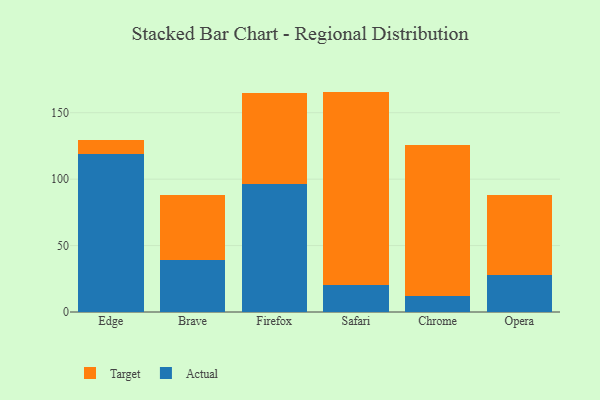
{"axis": {"x": "Browser", "y": "Inventory Turnover"}, "legend": ["Actual", "Target"], "data": [{"x": "Edge", "y": 118.6, "type": "Actual"}, {"x": "Edge", "y": 11.2, "type": "Target"}, {"x": "Brave", "y": 39.4, "type": "Actual"}, {"x": "Brave", "y": 48.7, "type": "Target"}, {"x": "Firefox", "y": 96.1, "type": "Actual"}, {"x": "Firefox", "y": 69.0, "type": "Target"}, {"x": "Safari", "y": 20.3, "type": "Actual"}, {"x": "Safari", "y": 145.6, "type": "Target"}, {"x": "Chrome", "y": 11.9, "type": "Actual"}, {"x": "Chrome", "y": 113.7, "type": "Target"}, {"x": "Opera", "y": 28.0, "type": "Actual"}, {"x": "Opera", "y": 60.4, "type": "Target"}]}